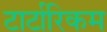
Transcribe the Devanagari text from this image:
टार्टारिकम